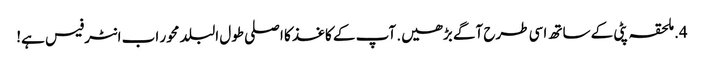
4. ملحقہ پٹی کے ساتھ اسی طرح آگے بڑھیں. آپ کے کاغذ کا اصلی طول البلد محور اب انٹرفیس ہے!